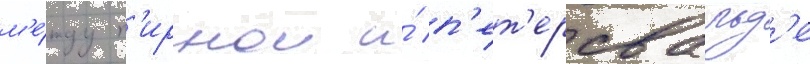
м'е́жду п'ирнои и́ п'ет'ерсвальд'е